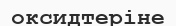
оксидтеріне